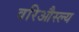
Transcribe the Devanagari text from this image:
वरिऔस्ल्य